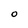
Character: O